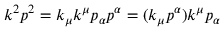
k ^ { 2 } p ^ { 2 } = k _ { \mu } k ^ { \mu } p _ { \alpha } p ^ { \alpha } = ( k _ { \mu } p ^ { \alpha } ) k ^ { \mu } p _ { \alpha }